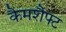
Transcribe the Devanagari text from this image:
कैमशैफ्ट